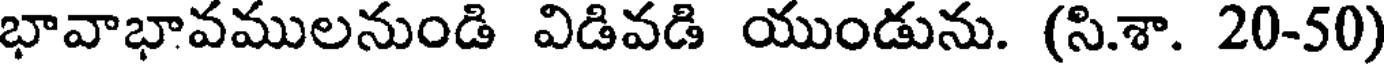
భావాభావములనుండి విడివడి యుండును. (సి.శా. 20-50)